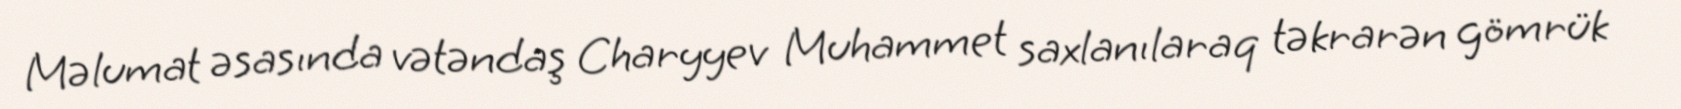
Məlumat əsasında vətəndaş Charyyev Muhammet saxlanılaraq təkrarən gömrük